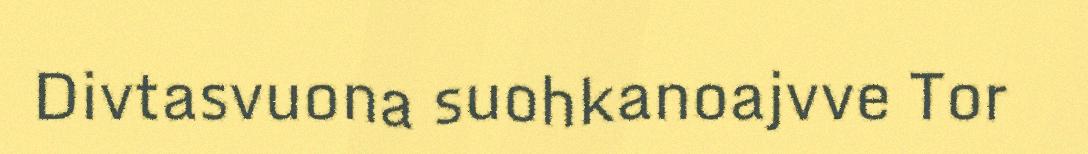
Divtasvuona suohkanoajvve Tor